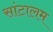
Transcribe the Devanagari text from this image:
सांटालम